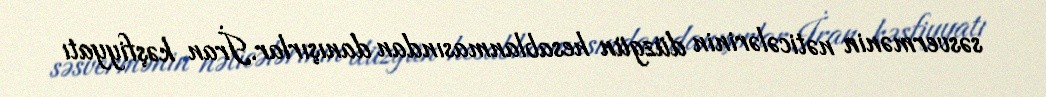
səsvermənin nəticələrinin düzgün hesablanmasından danışırlar.İran kəşfiyyatı